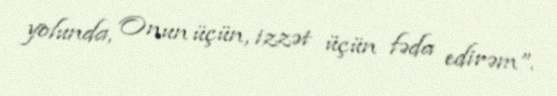
yolunda, Onun üçün, izzət üçün fəda edirəm”.